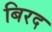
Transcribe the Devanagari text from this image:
बिरद